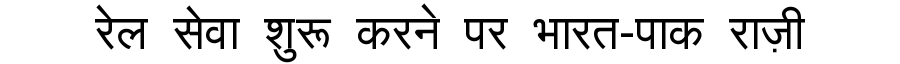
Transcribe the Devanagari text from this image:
रेल सेवा शुरू करने पर भारत-पाक राज़ी